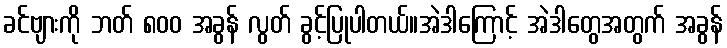
ခင်ဗျားကို ဘတ် ၈၀၀ အခွန် လွတ် ခွင့်ပြုပါတယ်။အဲဒါကြောင့် အဲဒါတွေအတွက် အခွန်